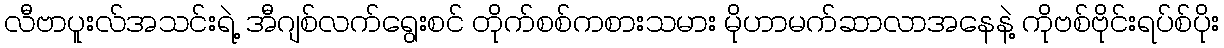
လီဗာပူးလ်အသင်းရဲ့ အီဂျစ်လက်ရွေးစင် တိုက်စစ်ကစားသမား မိုဟာမက်ဆာလာအနေနဲ့ ကိုဗစ်ဗိုင်းရပ်စ်ပိုး